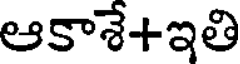
ఆకాశే+ఇతి